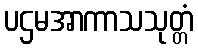
ပဌမအာကာသသုတ္တံ